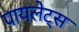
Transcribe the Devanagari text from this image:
पायलेट्स